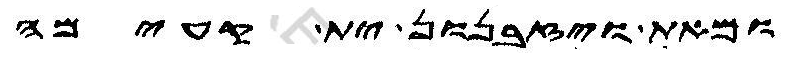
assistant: ומאת ויזבנון ית קעימה